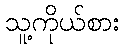
သူ့ကိုယ်စား